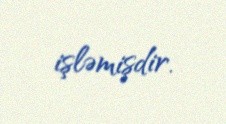
işləmişdir.